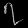
Digit: ၇